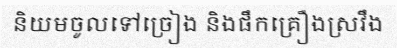
និយមចូលទៅច្រៀង និងផឹកគ្រឿងស្រវឹង